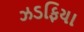
ઝડફિયા